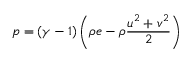
p = ( \gamma - 1 ) \left( \rho e - \rho \frac { u ^ { 2 } + v ^ { 2 } } { 2 } \right)